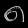
Digit: ၈